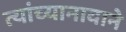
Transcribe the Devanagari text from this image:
त्यांच्यानावाने